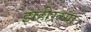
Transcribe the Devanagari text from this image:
झहीरच्या